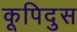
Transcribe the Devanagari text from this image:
कूपिदुस